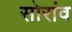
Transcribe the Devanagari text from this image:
सोरांव